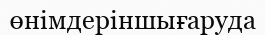
өнімдеріншығаруда